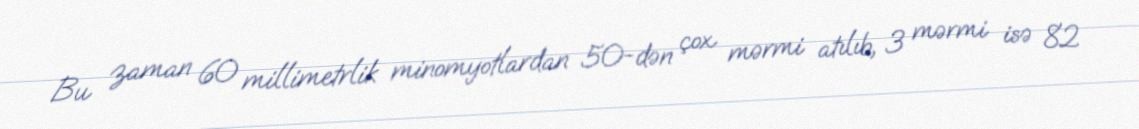
Bu zaman 60 millimetrlik minomyotlardan 50-dən çox mərmi atılıb, 3 mərmi isə 82